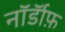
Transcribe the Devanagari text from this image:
नॉर्डॉफ़